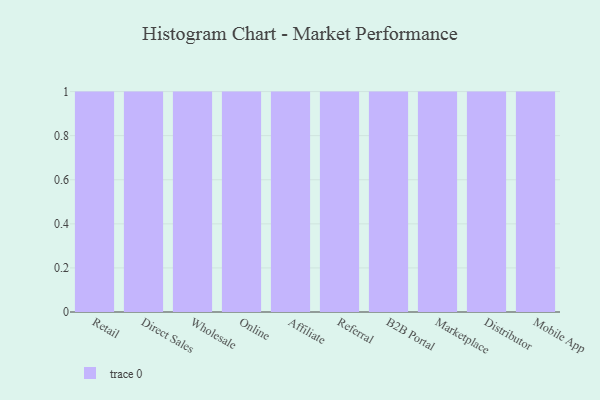
{"axis": {"x": "Channel", "y": "Market Share (%)"}, "legend": [""], "data": [{"x": "Retail", "y": 4, "type": ""}, {"x": "Direct Sales", "y": 91, "type": ""}, {"x": "Wholesale", "y": 48, "type": ""}, {"x": "Online", "y": 68, "type": ""}, {"x": "Affiliate", "y": 81, "type": ""}, {"x": "Referral", "y": 72, "type": ""}, {"x": "B2B Portal", "y": 19, "type": ""}, {"x": "Marketplace", "y": 40, "type": ""}, {"x": "Distributor", "y": 80, "type": ""}, {"x": "Mobile App", "y": 88, "type": ""}]}